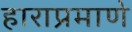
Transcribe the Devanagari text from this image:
हाराप्रमाणे